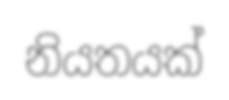
නියතයක්